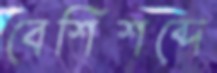
বেশিশব্দে